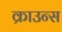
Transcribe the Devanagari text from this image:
क्राउन्स